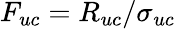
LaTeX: F_{uc}=R_{uc}/\sigma_{uc}